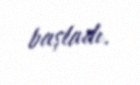
başladı.